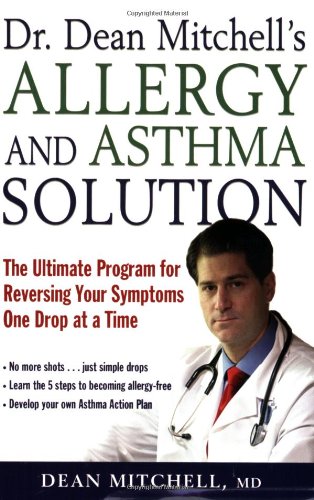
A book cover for Dr. Dean Mitchell's Allergy and Asthma Solution: The Ultimate Program for Reversing Your Symptoms One Drop at a Time; M.D. Dean Mitchell M.D.; Health, Fitness & Dieting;